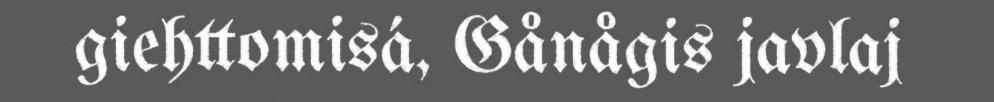
giehttomisá, Gånågis javlaj